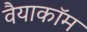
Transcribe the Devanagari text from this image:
वैयाकॉम